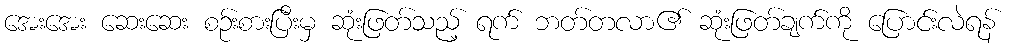
အေးအေး ဆေးဆေး စဉ်းစားပြီးမှ ဆုံးဖြတ်သည့် ရက် ဘတ်တလာ၏ ဆုံးဖြတ်ချက်ကို ပြောင်းလဲရန်